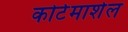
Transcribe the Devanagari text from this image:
कोर्टमार्शल